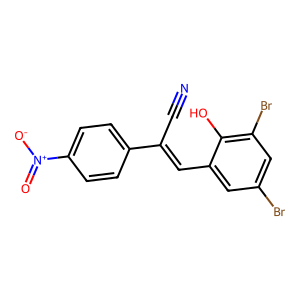
SMILES: N#CC(=Cc1cc(Br)cc(Br)c1O)c1ccc([N+](=O)[O-])cc1
Inhibits HIV replication: No